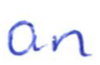
Text: an
Cross-out: clean
Writing tool: ballpoint